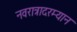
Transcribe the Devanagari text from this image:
नवरात्रादरम्यान